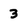
Character: 3